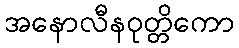
အနောလီနဝုတ္တိကော